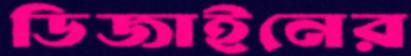
ডিজাইনের